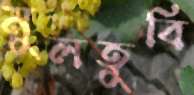
মুলতুবি